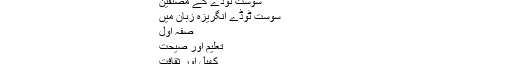
– سوست ٹوڈے
سوست ٹوڈے
سوست ٹوڈے کے مصنفین
سوست ٹوڈے انگریزہ زبان میں
صفہِ اول
تعلیم اور صیحت
کھیل اور ثقافت
قومی و ین الاقوامی
یوم دفاع پاکستان شایان شان طریقے سے منایا گیا۔